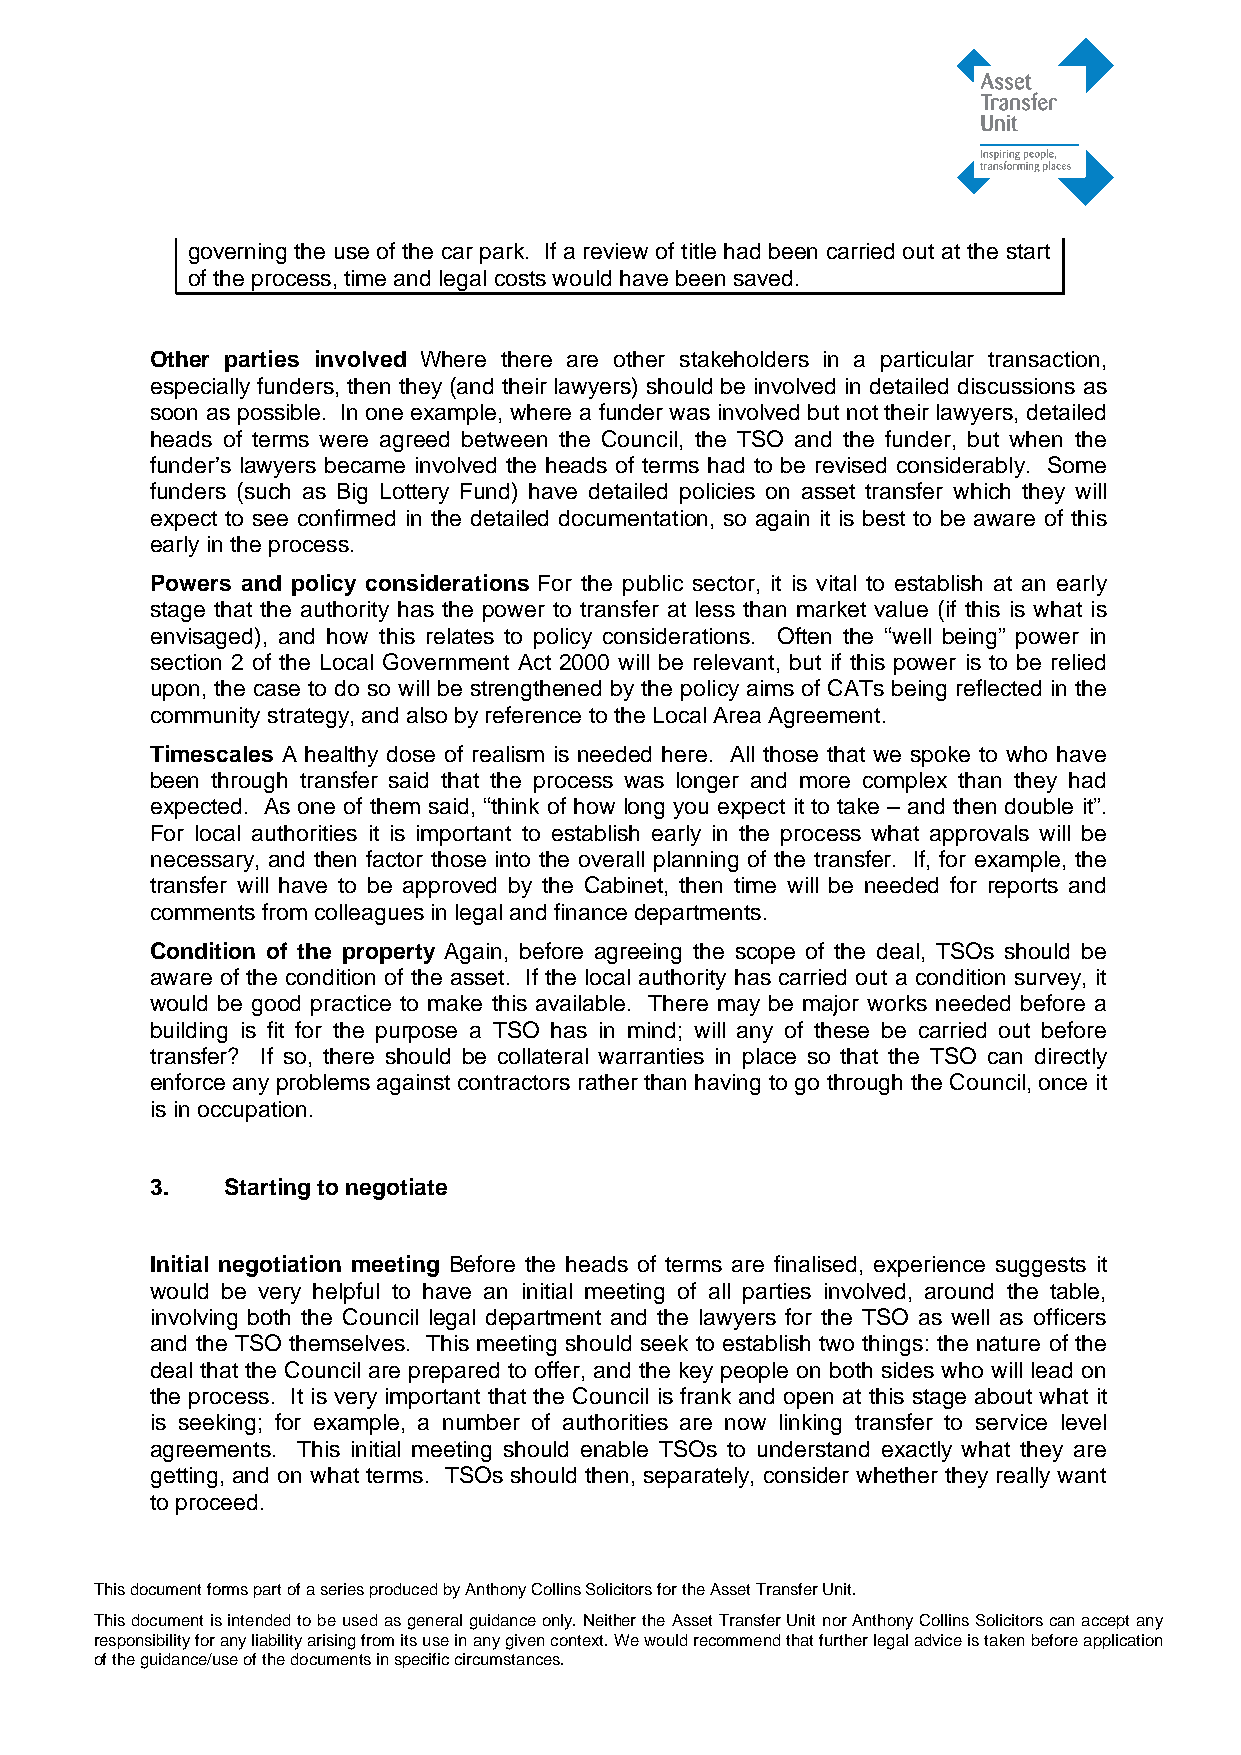
governing the use of the car park. If a review of title had been carried out at the start
 of the process, time and legal costs would have been saved.
 Other parties involved Where there are other stakeholders in a particular transaction,
 especially funders, then they (and their lawyers) should be involved in detailed discussions as
 soon as possible. In one example, where a funder was involved but not their lawyers, detailed
 heads of terms were agreed between the Council, the TSO and the funder, but when the
 funder’s lawyers became involved the heads of terms had to be revised considerably. Some
 funders (such as Big Lottery Fund) have detailed policies on asset transfer which they will
 expect to see confirmed in the detailed documentation, so again it is best to be aware of this
 early in the process.
 Powers and policy considerations For the public sector, it is vital to establish at an early
 stage that the authority has the power to transfer at less than market value (if this is what is
 envisaged), and how this relates to policy considerations. Often the “well being” power in
 section 2 of the Local Government Act 2000 will be relevant, but if this power is to be relied
 upon, the case to do so will be strengthened by the policy aims of CATs being reflected in the
 community strategy, and also by reference to the Local Area Agreement.
 Timescales A healthy dose of realism is needed here. All those that we spoke to who have
 been through transfer said that the process was longer and more complex than they had
 expected. As one of them said, “think of how long you expect it to take – and then double it”.
 For local authorities it is important to establish early in the process what approvals will be
 necessary, and then factor those into the overall planning of the transfer. If, for example, the
 transfer will have to be approved by the Cabinet, then time will be needed for reports and
 comments from colleagues in legal and finance departments.
 Condition of the property Again, before agreeing the scope of the deal, TSOs should be
 aware of the condition of the asset. If the local authority has carried out a condition survey, it
 would be good practice to make this available. There may be major works needed before a
 building is fit for the purpose a TSO has in mind; will any of these be carried out before
 transfer? If so, there should be collateral warranties in place so that the TSO can directly
 enforce any problems against contractors rather than having to go through the Council, once it
 is in occupation.
 3.   Starting to negotiate
 Initial negotiation meeting Before the heads of terms are finalised, experience suggests it
 would be very helpful to have an initial meeting of all parties involved, around the table,
 involving both the Council legal department and the lawyers for the TSO as well as officers
 and the TSO themselves. This meeting should seek to establish two things: the nature of the
 deal that the Council are prepared to offer, and the key people on both sides who will lead on
 the process. It is very important that the Council is frank and open at this stage about what it
 is seeking; for example, a number of authorities are now linking transfer to service level
 agreements. This initial meeting should enable TSOs to understand exactly what they are
 getting, and on what terms. TSOs should then, separately, consider whether they really want
 to proceed.
 This document forms part of a series produced by Anthony Collins Solicitors for the Asset Transfer Unit.
 This document is intended to be used as general guidance only. Neither the Asset Transfer Unit nor Anthony Collins Solicitors can accept any
 responsibility for any liability arising from its use in any given context. We would recommend that further legal advice is taken before application
 of the guidance/use of the documents in specific circumstances.